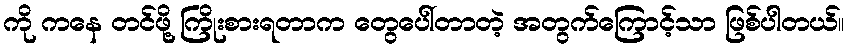
ကို ကနေ တင်ဖို့ ကြိုးစားရတာက တွေပေါ်တာတဲ့ အတွက်ကြောင့်သာ ဖြစ်ပါတယ်။